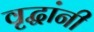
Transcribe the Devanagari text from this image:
वृद्धांनी